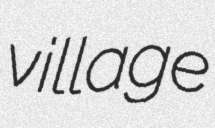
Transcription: village